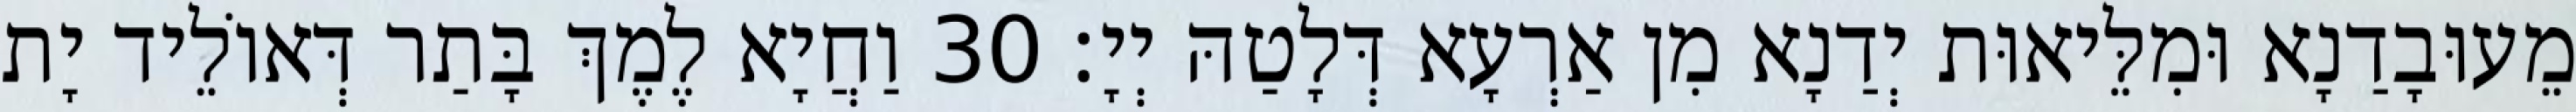
מֵעוּבָדַנָא וּמִלֵּיאוּת יְדַנָא מִן אַרְעָא דְּלָטַהּ יְיָ׃ 30 וַחֲיָא לֶמֶךְ בָּתַר דְּאוֹלֵיד יָת